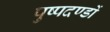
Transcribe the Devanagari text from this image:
पुष्पदण्डों